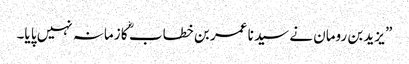
” یزید بن رومان نے سید نا عمر بن خطاب ؓ کا زمانہ نہیں پا یا۔